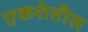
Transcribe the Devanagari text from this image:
एकशेतीस